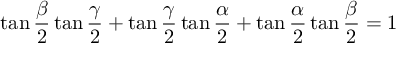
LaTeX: \tan { \frac { \beta } { 2 } } \tan { \frac { \gamma } { 2 } } + \tan { \frac { \gamma } { 2 } } \tan { \frac { \alpha } { 2 } } + \tan { \frac { \alpha } { 2 } } \tan { \frac { \beta } { 2 } } = 1